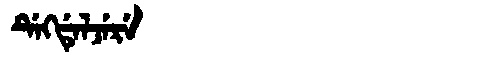
Manchu: ᡩᡝᡴᡩᡝᠯᠵᡝᡵᡝ
Romanization: DEKDELJERE